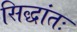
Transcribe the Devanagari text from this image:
सिद्धांतः